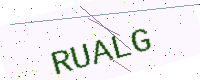
Text: RUALG